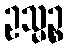
ဥသ္မဉ္စ